system: You are a helpful assistant.
user:
Analyze the provided spectrum to determine if it is a **White Dwarf (WD)**.

A White Dwarf spectrum is defined by its **extreme purity** (due to gravitational settling) and/or **extreme pressure broadening** (due to high surface gravity). You must check for one of the following mutually exclusive signatures:

- **Key Visual Indicators (Check for ONE of these types):**

    - **1. DA-Type Signature (Most Common):**
        - **(Primary Feature):** Extreme pressure broadening (Stark broadening) of the **Hydrogen (H) Balmer lines**.
        - **(Key Lines):** $H\beta$ (approx. $4861$ Å) and $H\gamma$ (approx. $4340$ Å). $H\alpha$ (approx. $6563$ Å) will also be present if the wavelength range covers it.
        - **(Line Profile):** This is the **defining feature**. The lines are **NOT** sharp. They appear as massive, **extremely broad and deep "troughs" or "dips"** in the spectrum, often hundreds of Ångströms wide. The continuum will appear to "scoop" down at these wavelengths.
        - **(Distinction):** Normal A-type or B-type stars have *narrow* and *sharp* Hydrogen lines. A DA White Dwarf's lines are unmistakably "smeared" or "blurry" from pressure.

    - **2. DB-Type Signature:**
        - **(Primary Feature):** Broad absorption lines from **Neutral Helium (He I)**. The spectrum must lack any visible Hydrogen lines.
        - **(Key Lines):** Look for broad absorption near $4471$ Å, $4921$ Å, and $5876$ Å.
        - **(Line Profile):** These lines are also significantly pressure-broadened, appearing much wider than they would in a normal B-type main-sequence star.

    - **3. DC-Type Signature:**
        - **(Primary Feature):** A **featureless continuous spectrum**.
        - **(Line Profile):** The spectrum is a smooth curve with **no significant absorption or emission lines**.
        - **(Key Confirmation):** The continuum is almost always **blue or white**, indicating a hot object. This signature implies the atmosphere is so pure (or so cool) that no spectral lines are visible in the optical range. Its WD identity is confirmed by its extremely low intrinsic brightness (high absolute magnitude).

    - **4. DZ-Type Signature (Metal-Polluted):**
        - **(Primary Feature):** **Isolated, narrow metal absorption lines** on an otherwise featureless (DC-like) continuum.
        - **(Key Lines):** The **Calcium (Ca II) H & K doublet** (approx. **$3934$ Å** and **$3968$ Å**) is the most common and defining feature.
        - **(Line Profile):** These lines are "out of place." They are *not* part of a "forest" of thousands of lines. This signature is evidence of recent *accretion* (pollution) from rocky debris.
        - **(Distinction):** Normal G/K/M stars have a *dense forest* of thousands of metal lines. A DZ has a *clean* continuum with *only a few* strong metal lines.

    - **5. DQ-Type Signature (Carbon-Polluted):**
        - **(Primary Feature):** Absorption bands from **Carbon (C₂ "Swan Bands" or atomic C I)**.
        - **(Key Lines - C₂):** Look for bandheads with a "saw-tooth" shape near $5635$ Å, **$5165$ Å** (strongest), and $4737$ Å.
        - **(Key Confirmation):** The underlying **continuum must be blue or white** (hot).
        - **(Distinction):** This is the critical difference from a **Carbon Star**, which has the *exact same* C₂ bands but on an extremely **red, cool** continuum.

- **(Overall Spectrum):**
    - The continuum (overall shape) is typically **blue-sloping** (brighter in the blue than the red), as most white dwarfs are very hot.
    - The spectrum will look "pure" or "simple," dominated by only *one* of the five signatures listed above.

Think first, call **spectral_visualization_tool** if needed to examine features in detail, then provide your final answer. Your response must adhere to the following strict rules:
1.  **Overall Structure:** Your response must follow the format `<think>...</think> <tool_call>...</tool_call> (if a tool is used) <answer>...</answer>`.
2.  **Tool Usage Constraint:** You may only make **one** tool call per turn.
3.  **Final Answer Format:** In the `<answer>` tag, your conclusion must be inside a `\boxed{}` command (e.g., `\boxed{YES}` or `\boxed{NO}`), followed by your justification.

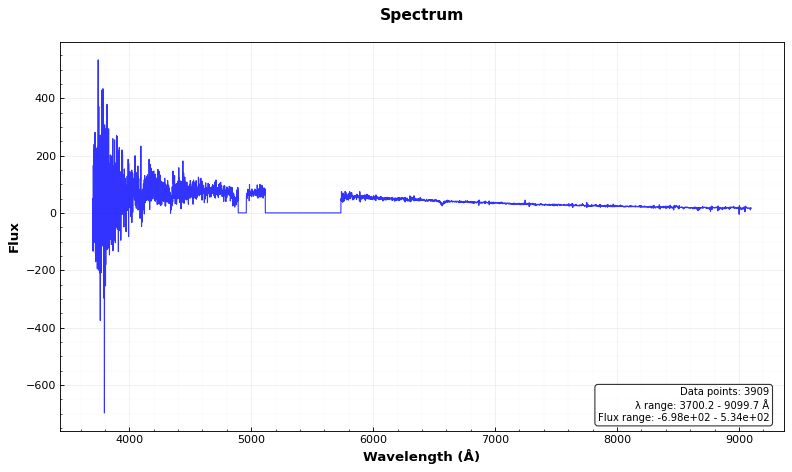
Answer: YES